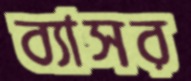
ব্যাসর